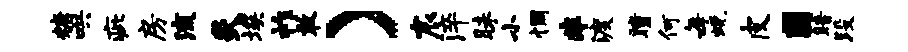
糖哄疵房流炙埃祚敢）宸淬昧小惆非渡瞳何每蜕皮圃暗段